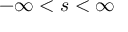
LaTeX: - \infty < s < \infty